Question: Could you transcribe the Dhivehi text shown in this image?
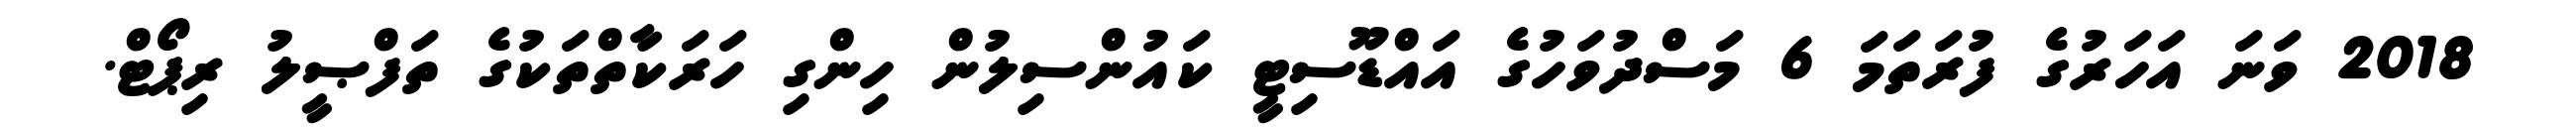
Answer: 2018 ވަނަ އަހަރުގެ ފުރަތަމަ 6 މަސްދުވަހުގެ އައްޑޫސިޓީ ކައުންސިލުން ހިންގި ހަރަކާތްތަކުގެ ތަފްޞީލު ރިޕޯޓް.